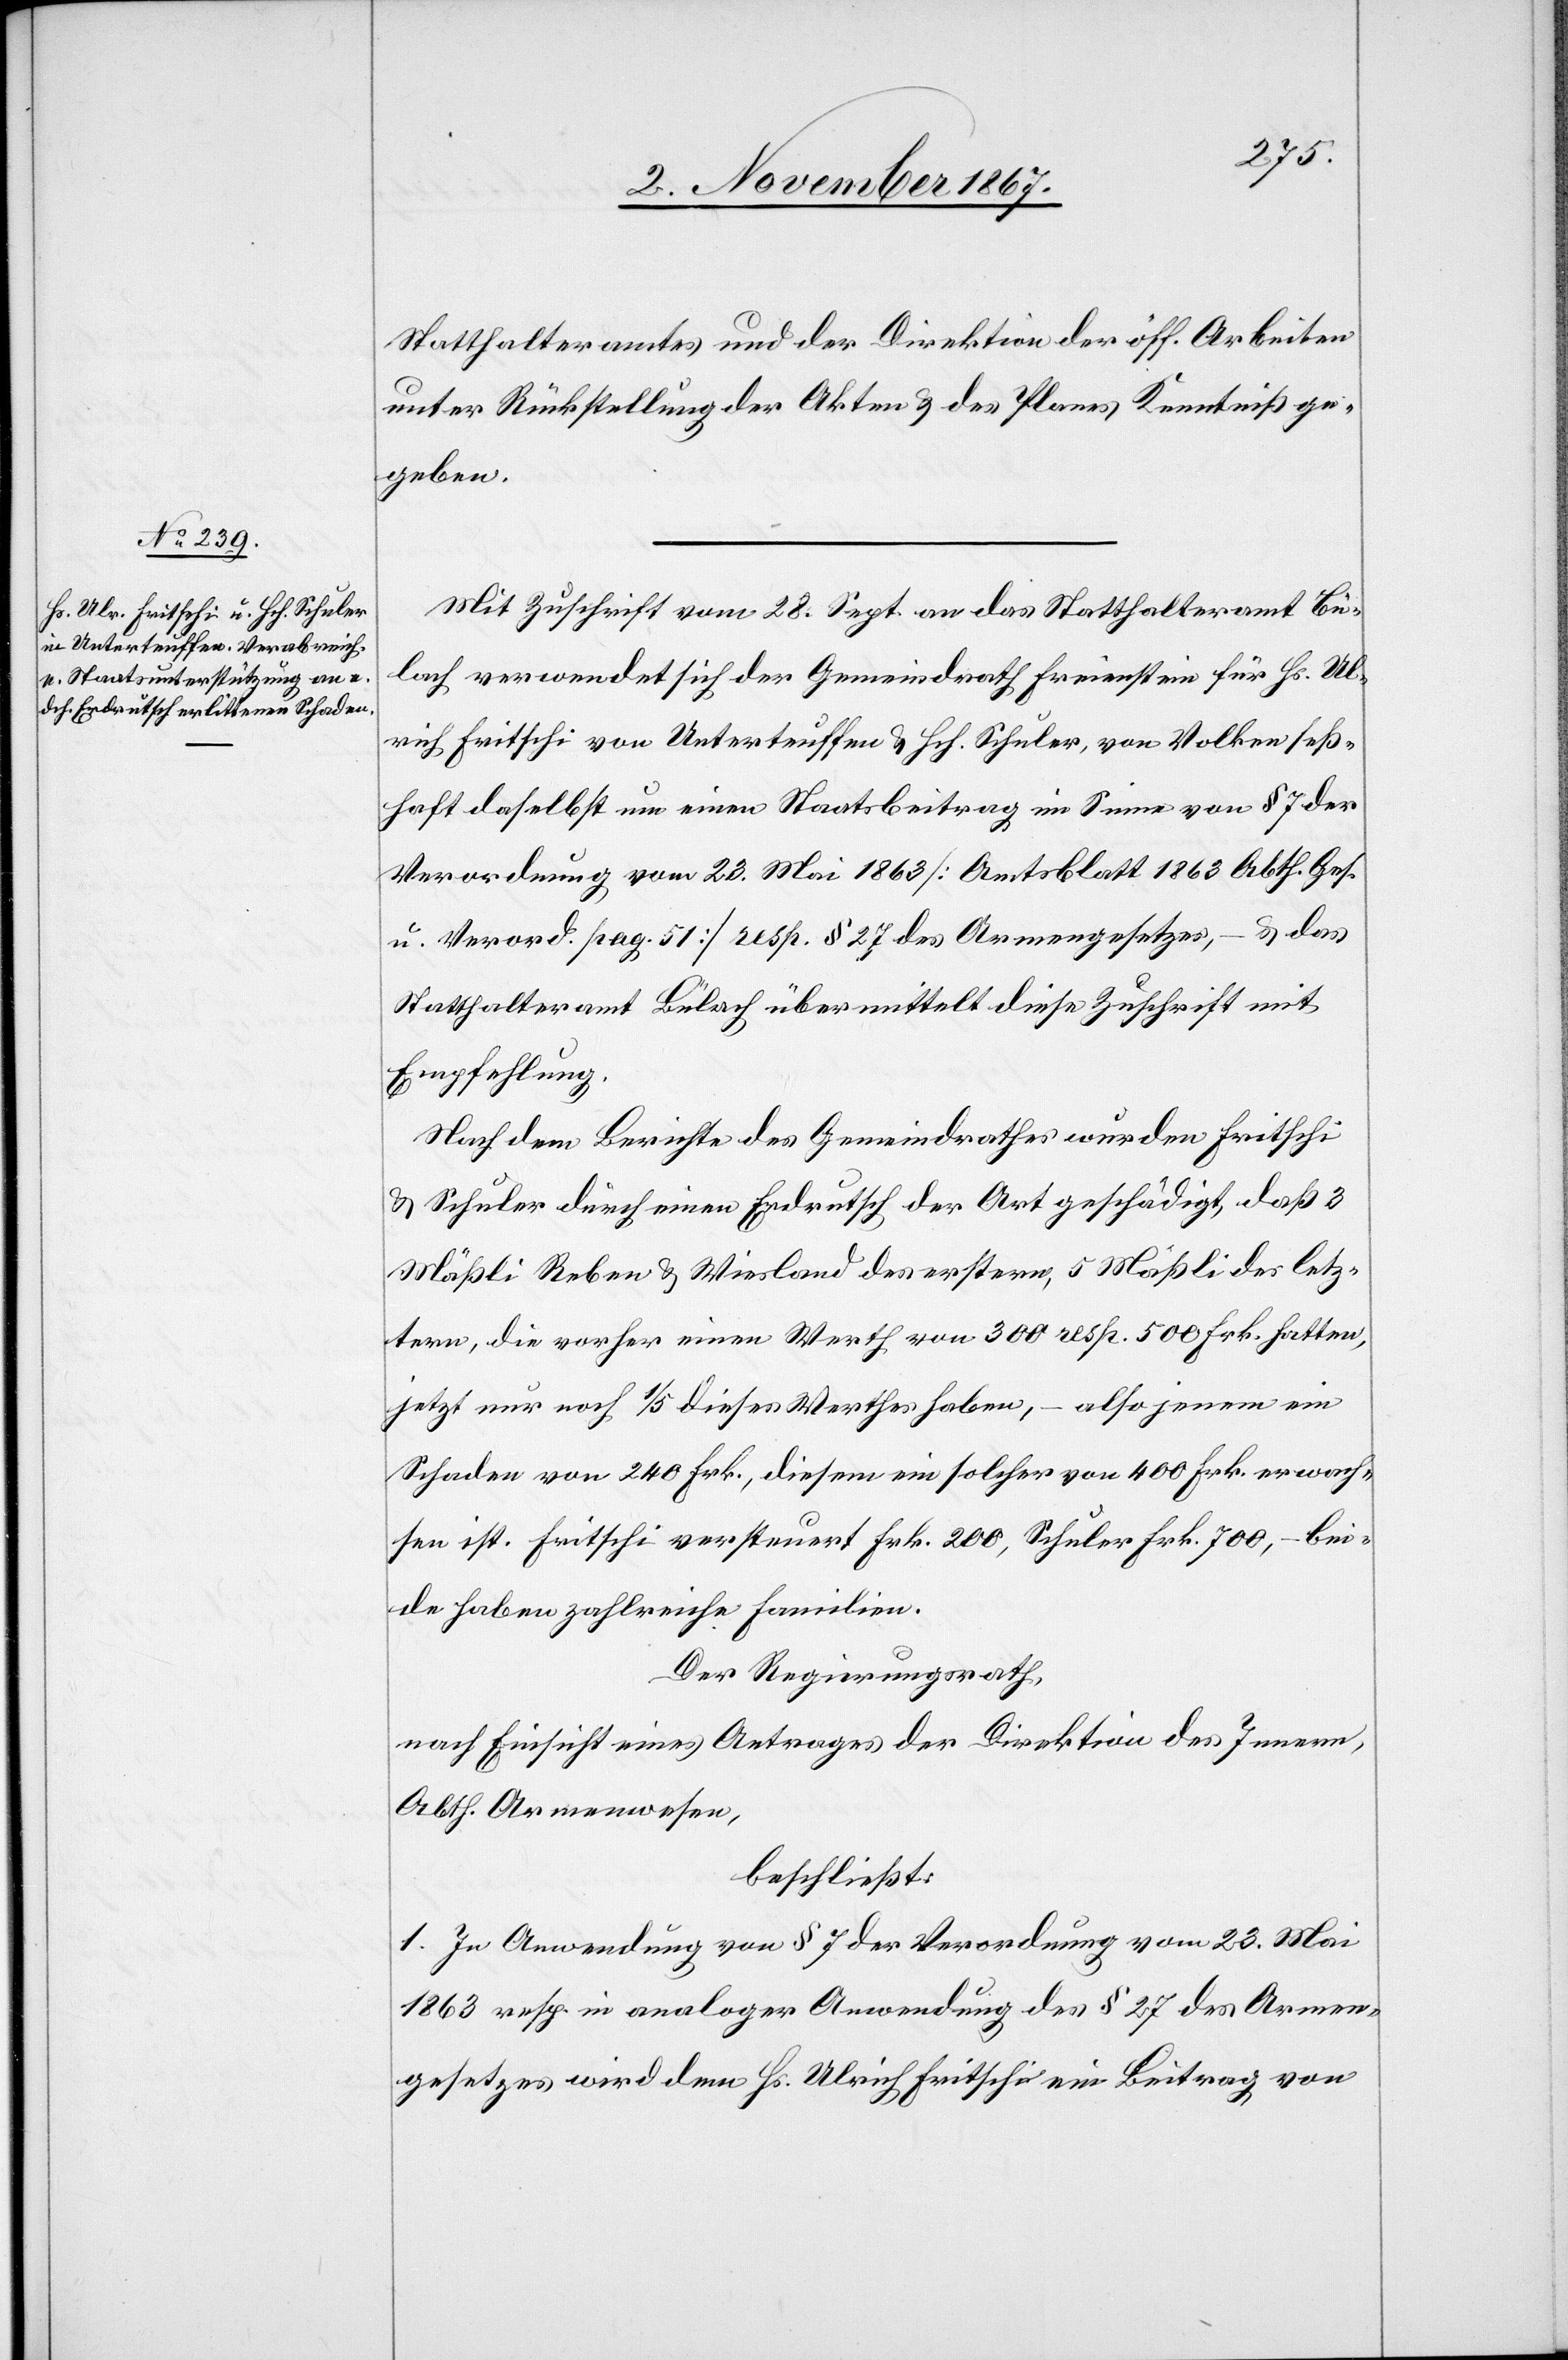
lrich
Statthalteramtes und der Direktion der öff. Arbeiten
unter Rückstellung der Akten u. des Planes Kenntniß ge¬
geben.
Mit Zuschrift vom 28. Sept. an das Statthalteramt Bü¬
lach verwendet sich der Gemeindrath Freienstein für Hs. U¬
Verordnung vom 23. Mai 1863 [Amtsblatt 1863 Abth. Ge.
u. Verord. pag. 51] resp. § 27 des Armengesetzes, – u. das
Statthalteramt Bülach übermittelt diese Zuschrift mit
Empfehlung.
Nach dem Berichte des Gemeindrathes wurden Fritschi
u. Schuler durch einen Erdrutsch der Art geschädigt, daß 3
Mäßli Reben u. Wiesland des erstern, 5 Mäßli des letz¬
tern, die vorher einen Werth von 300 resp. 500 Frk. hatten,
jetzt nur noch 1/5 dieses Werthes haben, – also jenem ein
Schaden von 240 Frk., diesem ein solcher von 400 Frk. erwach¬
sen ist. Fritschi versteuert Frk. 200, Schuler Frk. 700, – bei¬
de haben zahlreiche Familien.
Der Regierungsrath,
nach Einsicht eines Antrages der Direktion des Innern,
Abth. Armenwesen,
beschließt:
1. In Anwendung von § 7 der Verordnung vom 23. Mai
1863 resp. in analoger Anwendung des § 27 des Armen¬
gesetzes wird dem Hs. Ulrich Fritschi ein Beitrag von